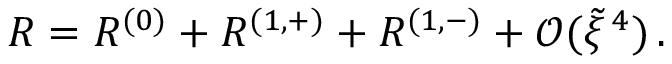
R = R ^ { ( 0 ) } + R ^ { ( 1 , + ) } + R ^ { ( 1 , - ) } + \mathcal { O } ( \tilde { \xi } ^ { \, 4 } ) \, .